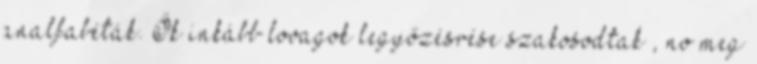
analfabéták. Ők inkább lovagok legyőzésrése szakosodtak , no meg